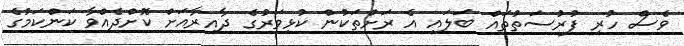
ވެސް ހުރި ފުރުސަތުތައް ބަލައި އެ ރަށްތަކުން ކުޅިވަރުގެ ދާއިރާއަށް ކޮށްދެއްވާ ކަންކަމުގެ